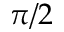
\pi / 2